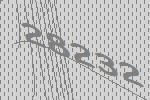
28232